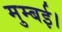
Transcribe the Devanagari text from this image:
मुम्बई।